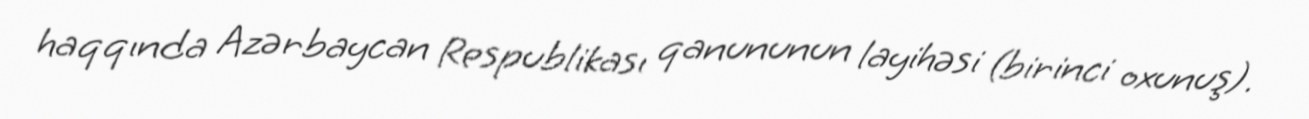
haqqında Azərbaycan Respublikası qanununun layihəsi (birinci oxunuş).